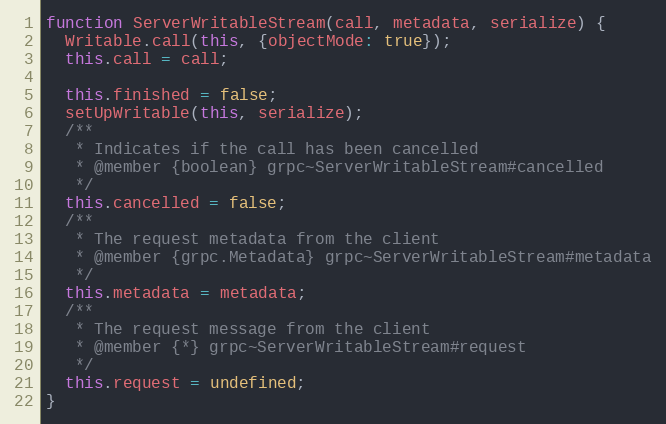
Language: JavaScript
function ServerWritableStream(call, metadata, serialize) {
  Writable.call(this, {objectMode: true});
  this.call = call;

  this.finished = false;
  setUpWritable(this, serialize);
  /**
   * Indicates if the call has been cancelled
   * @member {boolean} grpc~ServerWritableStream#cancelled
   */
  this.cancelled = false;
  /**
   * The request metadata from the client
   * @member {grpc.Metadata} grpc~ServerWritableStream#metadata
   */
  this.metadata = metadata;
  /**
   * The request message from the client
   * @member {*} grpc~ServerWritableStream#request
   */
  this.request = undefined;
}